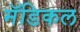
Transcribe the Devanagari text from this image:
मॅडिकल